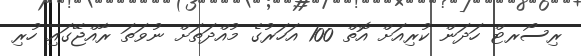
ރިސޯރޓް ހަދަން ކުރިއަށް އޮތް 100 އަހަރުގެ މުއްދަތަށް ނުވަތަ ރާއްޖޭގައި ހުރި